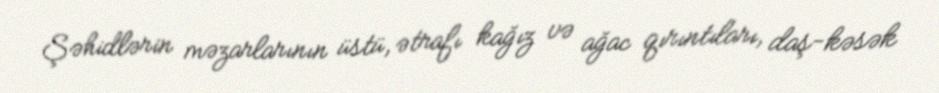
Şəhidlərin məzarlarının üstü, ətrafı kağız və ağac qırıntıları, daş-kəsək